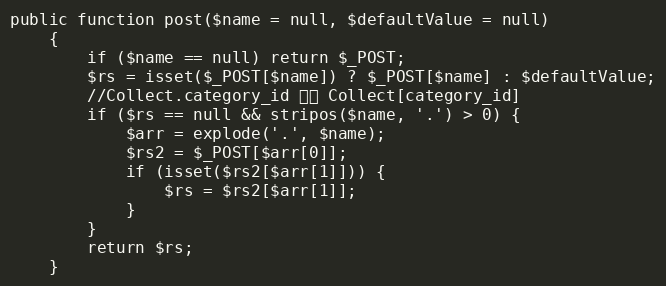
Language: PHP
public function post($name = null, $defaultValue = null)
    {
        if ($name == null) return $_POST;
        $rs = isset($_POST[$name]) ? $_POST[$name] : $defaultValue;
        //Collect.category_id 获取 Collect[category_id]
        if ($rs == null && stripos($name, '.') > 0) {
            $arr = explode('.', $name);
            $rs2 = $_POST[$arr[0]];
            if (isset($rs2[$arr[1]])) {
                $rs = $rs2[$arr[1]];
            }
        }
        return $rs;
    }